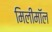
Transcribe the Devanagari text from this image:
मिलीमॉल